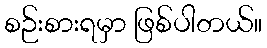
စဉ်းစားရမှာ ဖြစ်ပါတယ်။